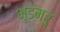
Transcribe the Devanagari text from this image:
भूडमरु